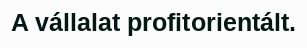
A vállalat profitorientált.